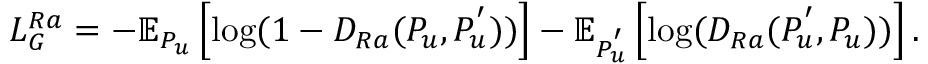
L _ { G } ^ { R a } = - \mathbb { E } _ { P _ { u } } \left[ \mathrm { l o g } ( 1 - D _ { R a } ( P _ { u } , P _ { u } ^ { ' } ) ) \right] - \mathbb { E } _ { P _ { u } ^ { ' } } \left[ \mathrm { l o g } ( D _ { R a } ( P _ { u } ^ { ' } , P _ { u } ) ) \right] .